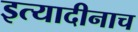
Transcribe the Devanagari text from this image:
इत्यादीनाच